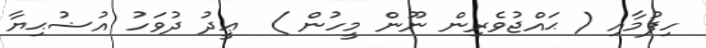
ހިފުމާއި ( ޙައްޖުވެރިން ނޫން މީހުން )  ޢީދު ދުވަހު އުޟުޙިޔާ